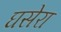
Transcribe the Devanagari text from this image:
घसेरा